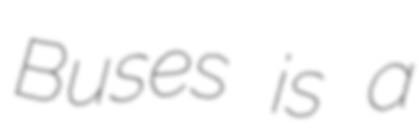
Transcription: Buses is a